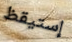
إستيقظ